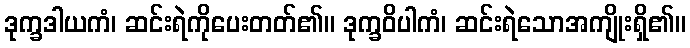
ဒုက္ခဒါယကံ၊ ဆင်းရဲကိုပေးတတ်၏။ ဒုက္ခဝိပါကံ၊ ဆင်းရဲသောအကျိုးရှိ၏။